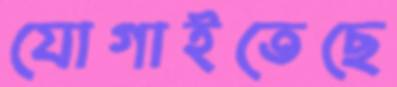
যোগাইতেছে